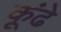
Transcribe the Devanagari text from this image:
कूंढे